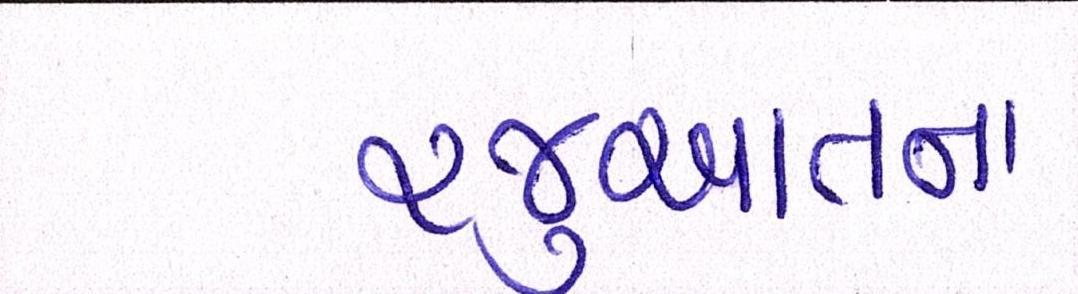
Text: રજુઆતના